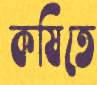
কষিতে